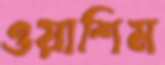
ওয়াশিম